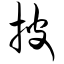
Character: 披